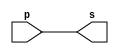
//----------------------
//Extra01 - circ
//Nome:Wender Zacarias Xavier
//Matrcula:427472
//----------------------

//----------------------
//--buffer
//----------------------

module buffer (output s, input p);
 assign s = p;//criar vinculo permanente
        		//(dependencia)
endmodule // buffer

//----------------------
//--not gate
//----------------------

module notgate (output s, input p);
 assign s = ~p;//criar vinculo permanente
        		   //(dependencia)
endmodule // notgate

//----------------------
//--or gate
//----------------------

module orgate (output s, input p, input q, input r);
 assign s = p|q|r;	//criar vinculo permanente
        		   	//(dependencia)
endmodule // orgate

//----------------------
//--and gate
//----------------------

module andgate (output s, input p, input q, input r);
 assign s = (p & q & r);	//criar vinculo permanente
        		   	         //(dependencia)
endmodule // andgate

//----------------------
//--xor gate
//----------------------

module xorgate (output [0:3]s, input [0:3]p, input [0:3]q);
 assign s = p^q;	//criar vinculo permanente
        		   	//(dependencia)
endmodule // xorgate

//----------------------
//--nor gate
//----------------------

module norgate (output s, input p, input q);
 assign s = (~(p|q));	//criar vinculo permanente
        		   	//(dependencia)
endmodule // norgate

//----------------------
//--xnor gate
//----------------------

module xnorgate (output s, input p, input q);
 assign s = (~(p^q));	//criar vinculo permanente
        		   	//(dependencia)
endmodule // xnorgate

//----------------------
//--nand gate
//----------------------

module nandgate (output s, input p, input q);
 assign s = (~(p&q));	//criar vinculo permanente
        		   	//(dependencia)
endmodule // nandgate

//----------------------
//--Circuito
//----------------------
module circ;
//----------------------dados locais
  reg a,b,c,d,e,f,g,h;    //definir registrador
  				//(variavel independente)
  wire s;	// definir conexao(fio)
   			//(variavel dependente)
//---------------------- instancia
    andgate AND1(s1,a,b,c);
	 buffer BF1(s2,d);
	 orgate OR1(s3,s2,e,f);
	 norgate NOR1(s4,g,h);
	 nandgate NAND1(s5,s1,s3);
	 xnorgate XNOR1(s,s5,s4);
  
//---------------------- preparacao
 initial begin:start
  a=0; b=0; c=0; d=0; e=0; f=0; g=0; h=0;
 end
//---------------------- parte principal
 initial begin
   $display("Extra01 - Wender Zacarias Xavier - 427472");
	$display("Test Circuito");
	$display("\na b c d e f g h = s\n");
	$monitor("%b %b %b %b %b %b %b %b = %b",a,b,c,d,e,f,g,h,s);
#1 a=0; b=0; c=0; d=0; e=0; f=0; g=0; h=0;
		end

endmodule //circ


/** Resultados obtidos
   Test Circuito
    
    a b c d e f g h = s
    
    0 0 0 0 0 0 0 0 = 1
    
    						  
   **/